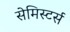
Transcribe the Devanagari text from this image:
सेमिस्टर्स